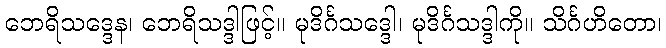
ဘေရိသဒ္ဒေန၊ ဘေရိသဒ္ဒါဖြင့်။ မုဒိင်္ဂသဒ္ဒေါ၊ မုဒိင်္ဂသဒ္ဒါကို။ သိင်္ဂဟိတော၊